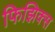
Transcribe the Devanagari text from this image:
फिझिक्स